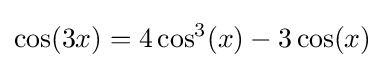
\cos(3x)=4\cos ^{3}(x)-3\cos(x)